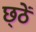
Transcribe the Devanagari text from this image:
छ्ठें